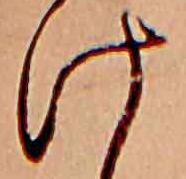
け